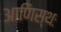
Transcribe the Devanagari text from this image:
आणिस्थः